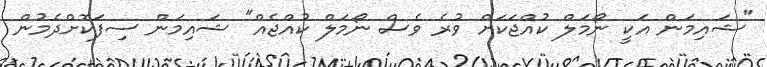
"ޝައިމަން އަކީ ނޯމަލް ކުއްޖަކަށް ވުރެ ވެސް ނޯމަލް ކުއްޖެއް" ޝައިމަން ސިފަކޮށްދެމުން